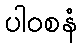
ပါဝစနံ